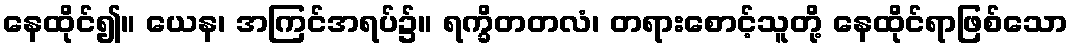
နေထိုင်၍။ ယေန၊ အကြင်အရပ်၌။ ရက္ခိတတလံ၊ တရားစောင့်သူတို့ နေထိုင်ရာဖြစ်သော